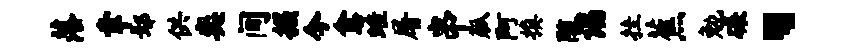
落幸鄢供奕间掘今愈蛙屠串觚阿换随谒挂蕉勉碾、